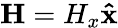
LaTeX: \mathbf{H}=H_{x}\mathbf{\hat{x}}